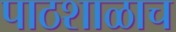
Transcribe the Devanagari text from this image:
पाठशाळाच